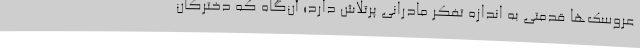
عروسک‌ها قدمتی به اندازه تفکر مادرانی پرتلاش دارد؛ آن‌گاه که دخترکان